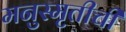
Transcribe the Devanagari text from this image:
मनुस्मृतीची